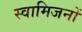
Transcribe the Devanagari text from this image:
स्वामिजनों